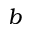
b